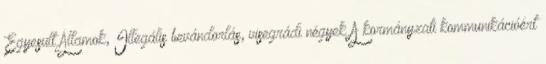
Egyesült Államok, Illegális bevándorlás, visegrádi négyek A kormányzati kommunikációért